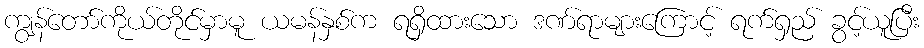
ကျွန်တော်ကိုယ်တိုင်မှာမူ ယမန်နှစ်က ရရှိထားသော ဒဏ်ရာများကြောင့် ရက်ရှည် ခွင့်ယူပြီး